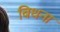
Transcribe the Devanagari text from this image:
बिधना